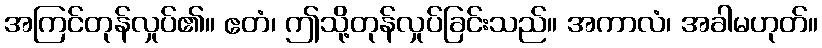
အကြင်တုန်လှုပ်၏။ ဧတံ၊ ဤသို့တုန်လှုပ်ခြင်းသည်။ အကာလံ၊ အခါမဟုတ်။